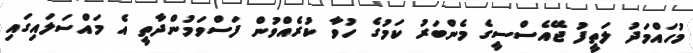
މުހައްމަދު ލަތީފު ޖޭއެސްސީގެ މެންބަރު ކަމުގެ ހުވާ ކުރެއްވުން ފަސްވަމުންދާތީ އެ މައްސަލައިގައި